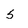
Character: 5